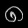
Digit: ၈